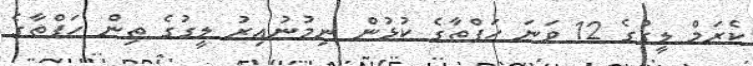
ކެރަމް ލީގުގެ 12 ވަނަ ހަފްތާގެ ކުޅުން ނިމުނުއިރު ލީގުގެ ތިން ހަފްތާގެ